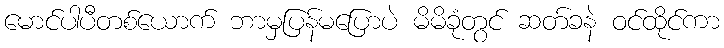
မောင်ပါပီတစ်ယောက် ဘာမှပြန်မပြောပဲ မိမိခုံတွင် ဆတ်ခနဲ ဝင်ထိုင်ကာ